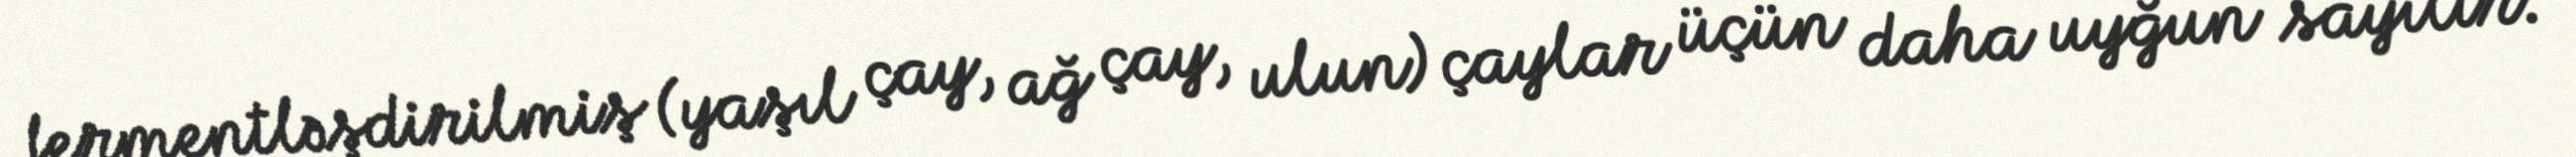
fermentləşdirilmiş (yaşıl çay, ağ çay, ulun) çaylar üçün daha uyğun sayılır.